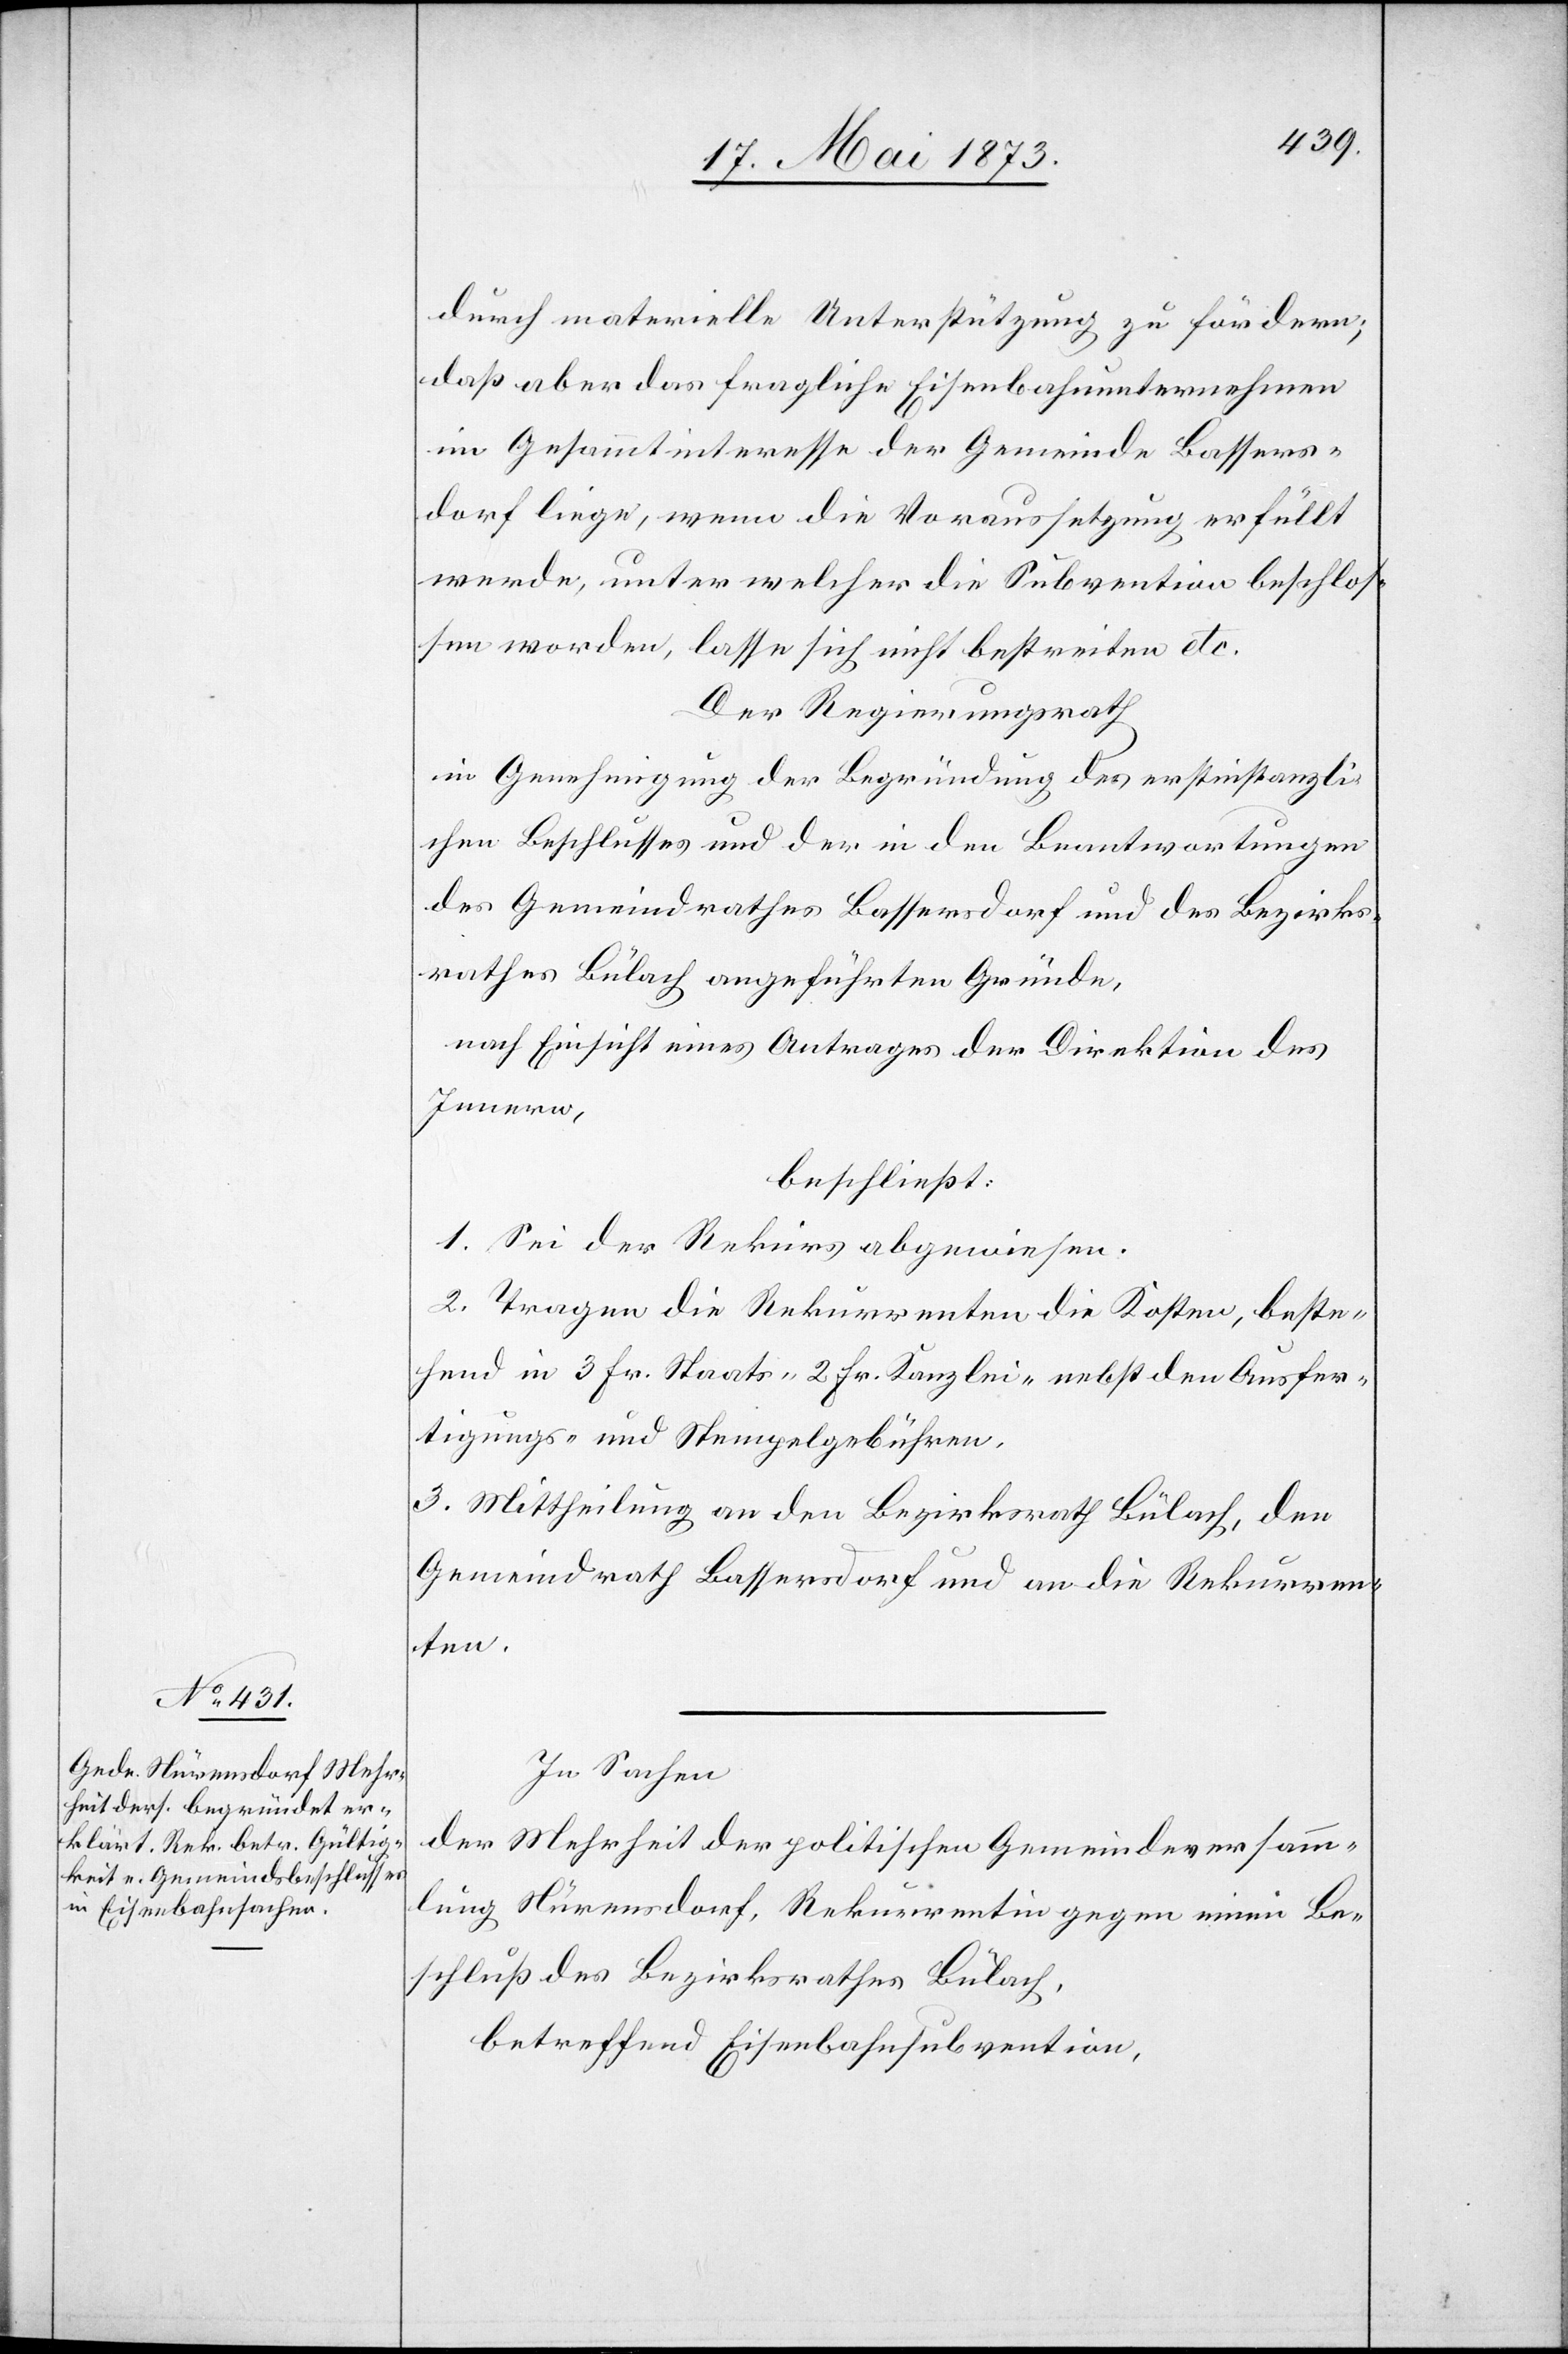
durch materielle Unterstützung zu fördern;
daß aber das fragliche Eisenbahnunternehmen
im Gesammtinteresse der Gemeinde Bassers¬
dorf liege, wenn die Voraussetzung erfüllt
werde, unter welcher die Subvention beschlos¬
sen worden, lasse sich nicht bestimmen etc.
Der Regierungsrath
in Genehmigung der Begründung des erstinstanzli¬
chen Beschlusses und der in den Beantwortungen
des Gemeindrathes Bassersdorf und des Bezirks¬
rath Bülach angeführten Gründe,
nach Einsicht eines Antrages der Direktion des
Innern,
beschließt:
1. Sei der Rekurs abgewiesen.
2. Tragen die Rekurrenten die Kosten, beste¬
hend in 3 Fr. Staats- 2 Fr. Kanzlei- nebst den Ausfer¬
tigungs- und Stempelgebühren.
2. Mittheilung an den Bezirksrath Bülach, den
Gemeindrath Bassersdorf und an die Rekurren¬
ten.
In Sachen
der Mehrheit der politischen Gemeindeversamm¬
lung Nürensdorf, Rekurrentin gegen einen Be¬
schluß des Bezirksrathes Bülach,
betreffend Eisenbahnsubvention,